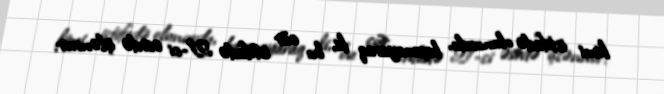
kimi istifadə olunurdu, baxmayaraq ki, bu cür istifadə 21-ci əsrdə işlənmir.